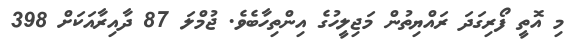
މި އޮތީ ފޯރިގަދަ ރައްޔިތުން މަޖިލީހުގެ އިންތިހާބެވެ. ޖުމްލަ 87 ދާއިރާއަކަށް 398